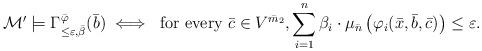
LaTeX: \begin{gather*}\mathcal{M}' \models \Gamma^{\bar{\varphi}}_{\leq \varepsilon, \bar{\beta}}(\bar{b}) \iff \textrm{ for every }\bar{c} \in V^{\bar{m}_2}, \sum_{i=1}^{n} \beta_i \cdot \mu_{\bar{n}}\left( \varphi_i(\bar{x}, \bar{b}, \bar{c}) \right) \leq \varepsilon.\end{gather*}